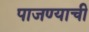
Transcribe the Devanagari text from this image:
पाजण्याची